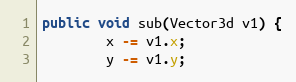
Language: Java
public void sub(Vector3d v1) {
        x -= v1.x;
        y -= v1.y;